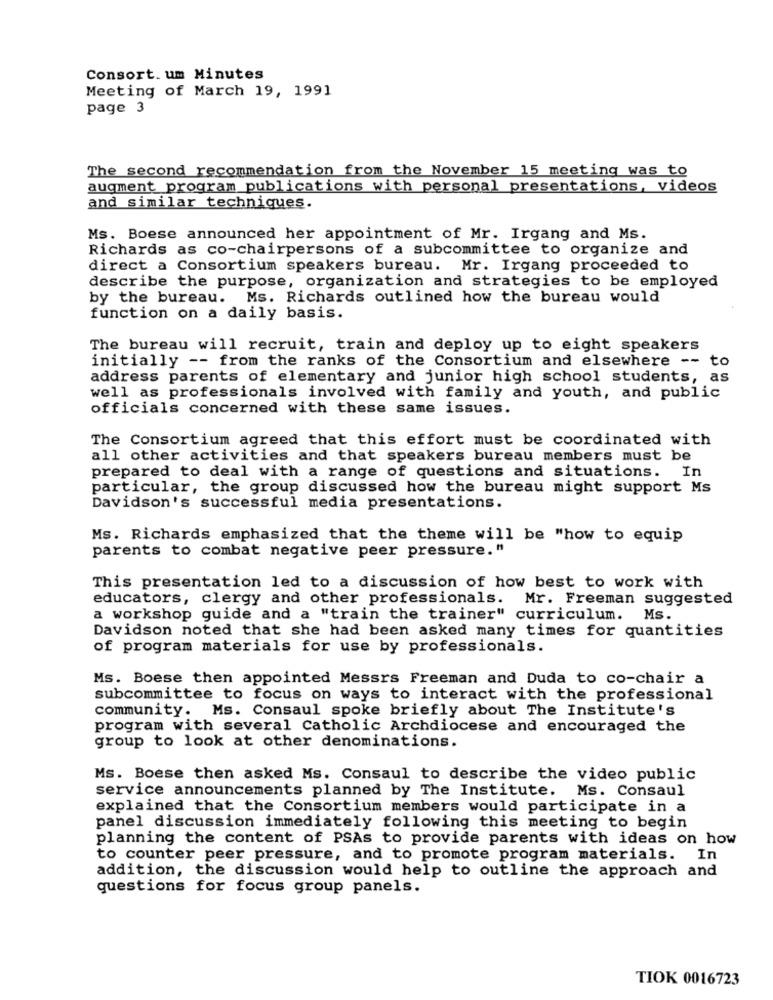
Consort. um Minutes
Meeting of March 19, 1991
page 3
The second recommendation from the November 15 meeting was to
augment program publications with personal presentations, videos
and similar techniques.
Ms. Boese announced her appointment of Mr. Irgang and Ms.
Richards as co-chairpersons of a subcommittee to organize and
direct a Consortium speakers bureau. Mr. Irgang proceeded to
describe the purpose, organization and strategies to be employed
by the bureau. Ms. Richards outlined how the bureau would
function on a daily basis.
The bureau will recruit, train and deploy up to eight speakers
initially -- from the ranks of the Consortium and elsewhere -- to
address parents of elementary and junior high school students, as
well as professionals involved with family and youth, and public
officials concerned with these same issues.
The Consortium agreed that this effort must be coordinated with
all other activities and that speakers bureau members must be
prepared to deal with a range of questions and situations. In
particular, the group discussed how the bureau might support Ms
Davidson's successful media presentations.
Ms. Richards emphasized that the theme will be "how to equip
parents to combat negative peer pressure."
This presentation led to a discussion of how best to work with
educators, clergy and other professionals. Mr. Freeman suggested
a workshop guide and a "train the trainer" curriculum.
Ms .
Davidson noted that she had been asked many times for quantities
of program materials for use by professionals.
Ms. Boese then appointed Messrs Freeman and Duda to co-chair a
subcommittee to focus on ways to interact with the professional
community. Ms. Consaul spoke briefly about The Institute's
program with several Catholic Archdiocese and encouraged the
group to look at other denominations.
Ms. Boese then asked Ms. Consaul to describe the video public
service announcements planned by The Institute. Ms. Consaul
explained that the Consortium members would participate in a
panel discussion immediately following this meeting to begin
planning the content of PSAs to provide parents with ideas on how
to counter peer pressure, and to promote program materials. In
addition, the discussion would help to outline the approach and
questions for focus group panels.
TIOK 0016723